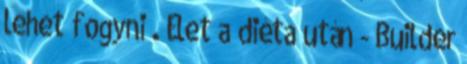
lehet fogyni . Élet a diéta után - Builder